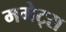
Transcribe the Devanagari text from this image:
ममेट्स